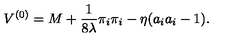
V ^ { ( 0 ) } = M + \frac { 1 } { 8 \lambda } \pi _ { i } \pi _ { i } - \eta ( a _ { i } a _ { i } - 1 ) .